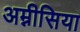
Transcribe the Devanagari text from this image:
अम्नीसिया